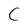
Character: C